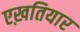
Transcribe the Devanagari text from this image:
एख़तियार